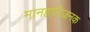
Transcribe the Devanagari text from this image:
मानहानिजनक